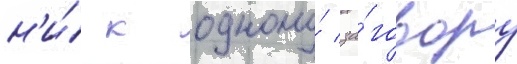
н'и́ к одному́ за́говору